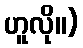
ဟူလို။)